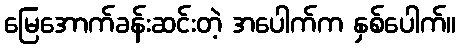
မြေအောက်ခန်းဆင်းတဲ့ အပေါက်က နှစ်ပေါက်။